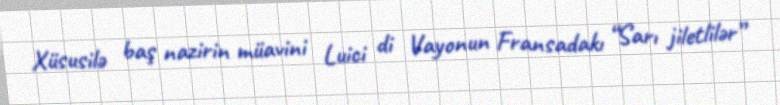
Xüsusilə baş nazirin müavini Luici di Vayonun Fransadakı “Sarı jiletlilər”